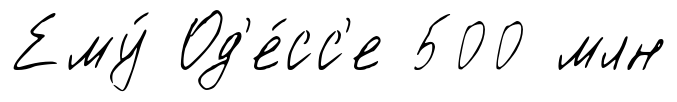
Ему́ Од'е́сс'е 500 млн